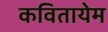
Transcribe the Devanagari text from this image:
कवितायेम